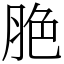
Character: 脃